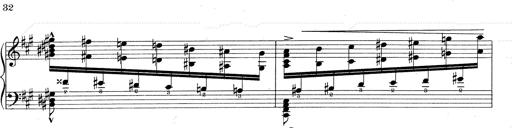
Title: RÃ©miniscences de Don Juan
Composer: Franz Liszt